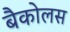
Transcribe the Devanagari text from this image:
बैकोलस